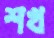
শখ